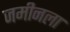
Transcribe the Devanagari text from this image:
जमीनला